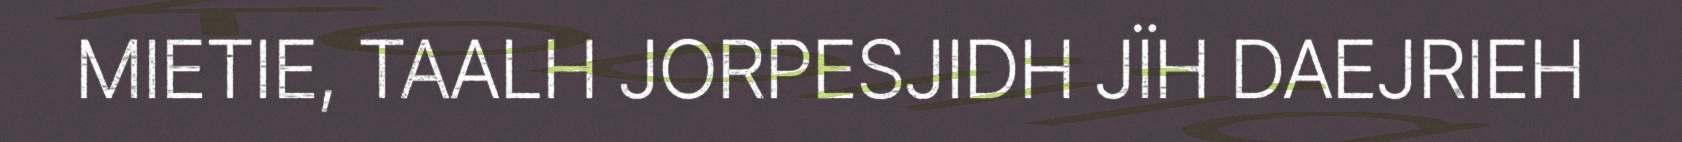
MIETIE, TAALH JORPESJIDH JÏH DAEJRIEH